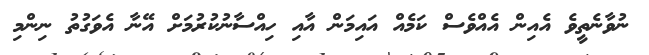
ނުވާނެތީވެ އެއިން އެއްވެސް ކަމެއް އައިމަން އާއި ހިއްސާނުކުރުމަށް އޭނާ އެވަގުތު ނިންމި